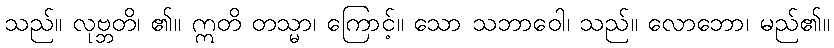
သည်။ လုဗ္ဘတိ၊ ၏။ ဣတိ တသ္မာ၊ ကြောင့်။ သော သဘာဝေါ၊ သည်။ လောဘော၊ မည်၏။